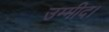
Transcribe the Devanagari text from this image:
उम्मीद।